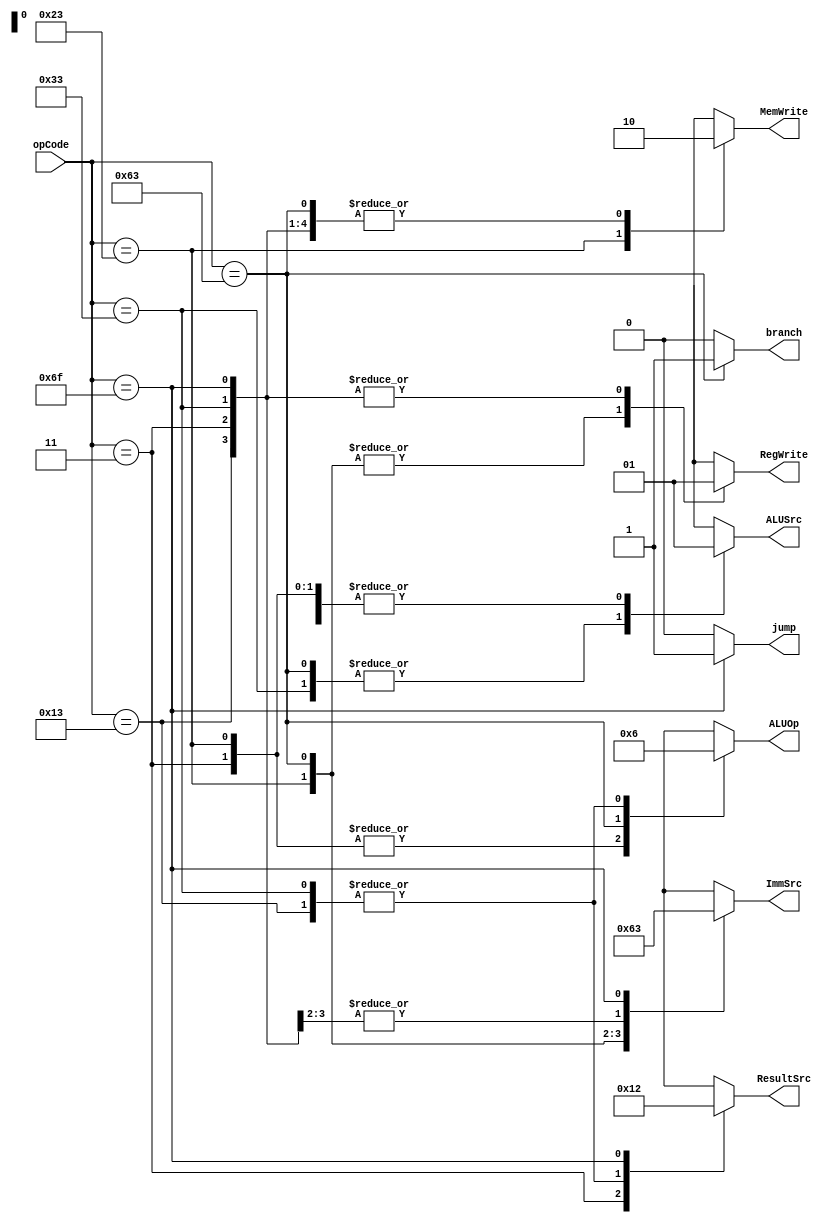
`timescale 1ns / 1ps
//////////////////////////////////////////////////////////////////////////////////
// Company: 
// Engineer: 
// 
// Design Name: 
// Module Name: Main_Decoder
// Project Name: 
// Target Devices: 
// Tool Versions: 
// Description: 
// 
// Dependencies: 
// 
// Revision:
// Revision 0.01 - File Created
// Additional Comments:
// 
//////////////////////////////////////////////////////////////////////////////////


module Main_Decoder(
input [6:0] opCode,
output branch,
output jump,
output reg [1:0] ResultSrc,
output reg MemWrite,
output reg ALUSrc,
output reg [1:0] ImmSrc,
output reg RegWrite,
output reg [1:0] ALUOp
    );
    //wire branch,jump;
    
    assign branch = (opCode==7'b1100011)? 1'b1: 1'b0;   // 1100011 => BEQ
    assign jump = (opCode==7'b1101111)? 1'b1: 1'b0;     // 1101111 => JAL
    
   // assign PCSrc = (branch&zero) | jump;
    
    always @(*)
    begin
        case(opCode)
            7'b0000011:begin   // 0000011 => load word
                RegWrite <= 1'b1; ImmSrc <= 2'b00; ALUSrc <= 1'b1; MemWrite <= 1'b0; ResultSrc <= 2'b01; ALUOp <= 2'b00; 
            end
            7'b0100011:begin   // 0100011 => store word
                 RegWrite <= 1'b0; ImmSrc <= 2'b01; ALUSrc <= 1'b1; MemWrite <= 1'b1; ResultSrc <= 2'bxx; ALUOp <= 2'b00; 
            end
            7'b0110011:begin   // 0110011 => R Type
                 RegWrite <= 1'b1; ImmSrc <= 2'bxx; ALUSrc <= 1'b0; MemWrite <= 1'b0; ResultSrc <= 2'b00; ALUOp <= 2'b10; 
            end  
            7'b1100011:begin   // 1100011 => beq
                 RegWrite <= 1'b0; ImmSrc <= 2'b10; ALUSrc <= 1'b0; MemWrite <= 1'b0; ResultSrc <= 2'bxx; ALUOp <= 2'b01; 
            end  
            7'b0010011:begin   // 0010011 => I-type ALU
                 RegWrite <= 1'b1; ImmSrc <= 2'b00; ALUSrc <= 1'b1; MemWrite <= 1'b0; ResultSrc <= 2'b00; ALUOp <= 2'b10; 
            end  
            7'b1101111:begin   // 0010011 => JAL
                 RegWrite <= 1'b1; ImmSrc <= 2'b11; ALUSrc <= 1'bx; MemWrite <= 1'b0; ResultSrc <= 2'b10; ALUOp <= 2'bxx; 
            end      
            default:begin
                RegWrite <= 1'bx; ImmSrc <= 2'bxx; ALUSrc <= 1'bx; MemWrite <= 1'bx; ResultSrc <= 2'bxx; ALUOp <= 2'bxx; 
            end                        
        endcase
    end
    
endmodule